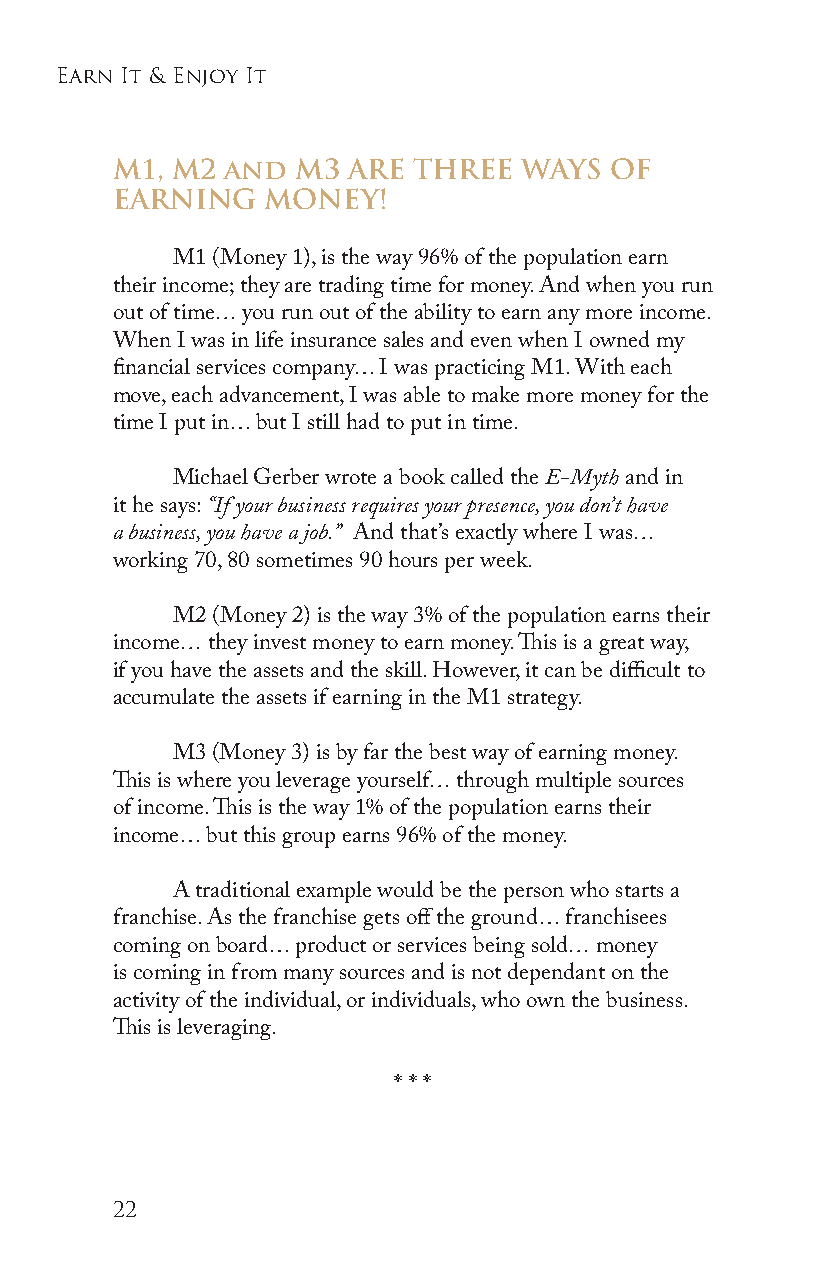
earn it & enjoy it
 M1, M2  and  M3 ARE THREE  WAYS  OF
 EARNING    MONEY!
 M1 (Money 1), is the way 96% of the population earn
 their income; they are trading time for money. And when you run
 out of time… you run out of the ability to earn any more income.
 When I was in life insurance sales and even when I owned my
 financial services company… I was practicing M1. With each
 move, each advancement, I was able to make more money for the
 time I put in… but I still had to put in time.
 Michael Gerber wrote a book called the E-Myth and in
 it he says: “If your business requires your presence, you don’t have
 a business, you have a job.” And that’s exactly where I was…
 working 70, 80 sometimes 90 hours per week.
 M2 (Money 2) is the way 3% of the population earns their
 income… they invest money to earn money. This is a great way,
 if you have the assets and the skill. However, it can be difficult to
 accumulate the assets if earning in the M1 strategy.
 M3 (Money 3) is by far the best way of earning money.
 This is where you leverage yourself… through multiple sources
 of income. This is the way 1% of the population earns their
 income… but this group earns 96% of the money.
 A traditional example would be the person who starts a
 franchise. As the franchise gets off the ground… franchisees
 coming on board… product or services being sold… money
 is coming in from many sources and is not dependant on the
 activity of the individual, or individuals, who own the business.
 This is leveraging.
 * * *
 22